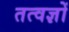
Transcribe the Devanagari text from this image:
तत्वज्ञों